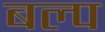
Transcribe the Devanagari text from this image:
बल्प